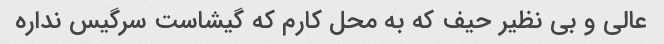
عالی و بی نظیر حیف که به محل کارم که گیشاست سرگیس نداره